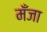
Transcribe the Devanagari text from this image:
मँजा